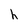
Character: h